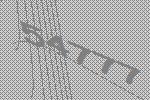
54777